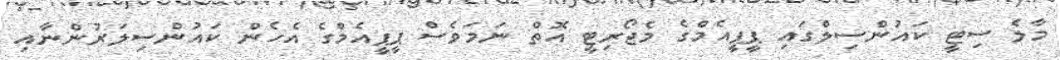
މާލެ ސިޓީ ކައުންސިލްގައި ޕީޕީއެމްގެ މެޖޯރިޓީ އޮތް ނަމަވެސް ޕީޕީއެމްގެ އެހެން ކައުންސިލަރުންނާއި